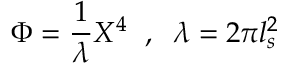
\Phi = \frac { 1 } { \lambda } X ^ { 4 } \; \; , \; \; \lambda = 2 \pi l _ { s } ^ { 2 }